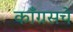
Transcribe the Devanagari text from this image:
काँग्रसचे